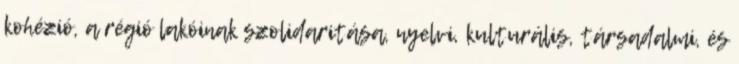
kohézió, a régió lakóinak szolidaritása, nyelvi, kulturális, társadalmi, és